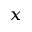
_ x